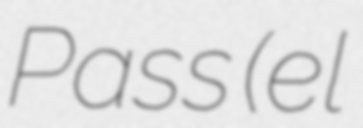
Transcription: Pass (el